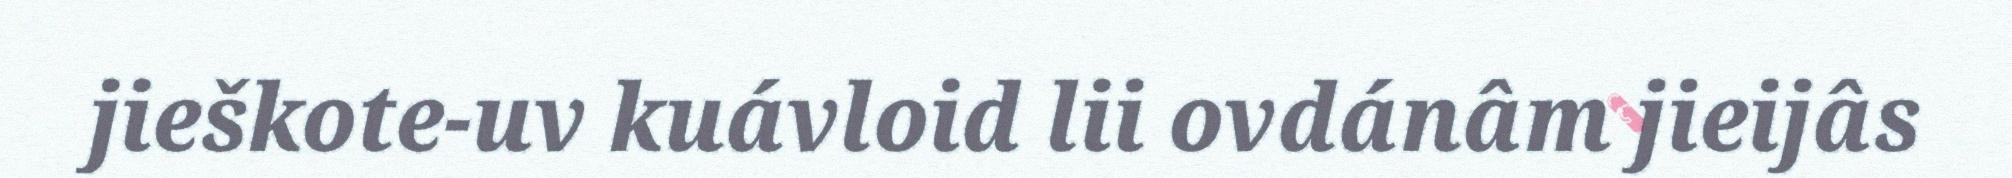
jieškote-uv kuávloid lii ovdánâm jieijâs